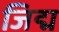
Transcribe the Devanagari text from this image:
जिद्म